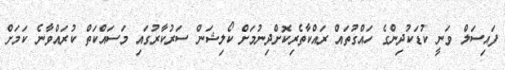
ފައިސަލް ވަނީ ކުޑަކުދިންގެ ހައްގުތައް ރައްކާތެރިކޮށްދިނުމަށް ކޯލިޝަން ސަރުކާރުގައި މަސައްކަތް ކުރައްވާނެ ކަމަށް